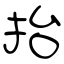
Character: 抬